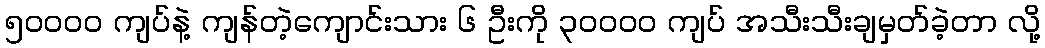
၅ဝဝဝဝ ကျပ်နဲ့ ကျန်တဲ့ကျောင်းသား ၆ ဦးကို ၃ဝဝဝဝ ကျပ် အသီးသီးချမှတ်ခဲ့တာ လို့